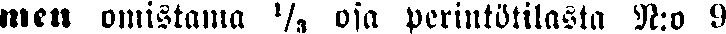
men omistama ½ osa perintötilasta N:o 9